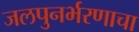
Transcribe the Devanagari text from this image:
जलपुनर्भरणाचा